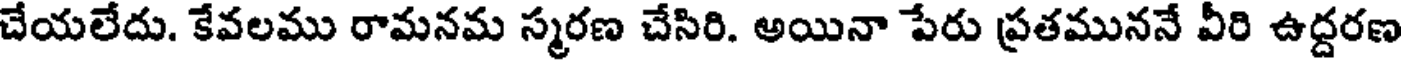
చేయలేదు. కేవలము రామనమ స్మరణ చేసిరి. అయినా పేరు ప్రతముననే వీరి ఉద్దరణ